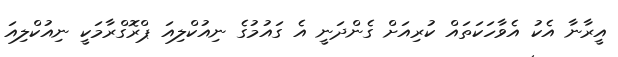
އީރާނާ އެކު އެވާހަކަތައް ކުރިއަށް ގެންދަނީ އެ ގައުމުގެ ނިއުކްލިއަ ޕްރޮގްރާމަކީ ނިއުކްލިއަ